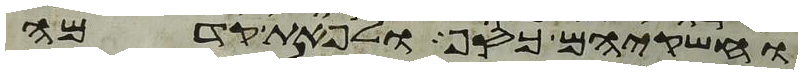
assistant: וחשקיהם כסף ולפאת קדמה